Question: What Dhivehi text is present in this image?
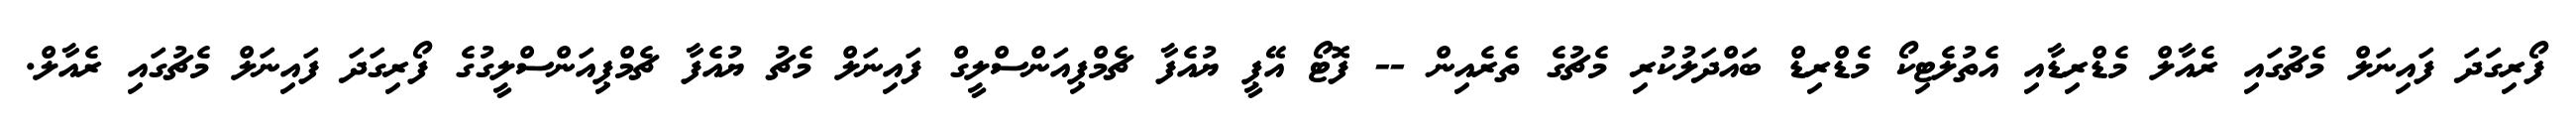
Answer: ފޯރިގަދަ ފައިނަލް މެޗުގައި ރެއާލް މެޑްރިޑާއި އެތުލެޓިކޯ މެޑްރިޑް ބައްދަލުކުރި މެޗުގެ ތެރެއިން -- ފޮޓޯ އޭޕީ ޔުއެފާ ޗެމްޕިއަންސްލީގް ފައިނަލް މެޗު ޔުއެފާ ޗެމްޕިއަންސްލީގުގެ ފޯރިގަދަ ފައިނަލް މެޗުގައި ރެއާލް.